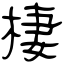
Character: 棲